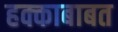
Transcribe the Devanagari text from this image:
हक्काबाबत